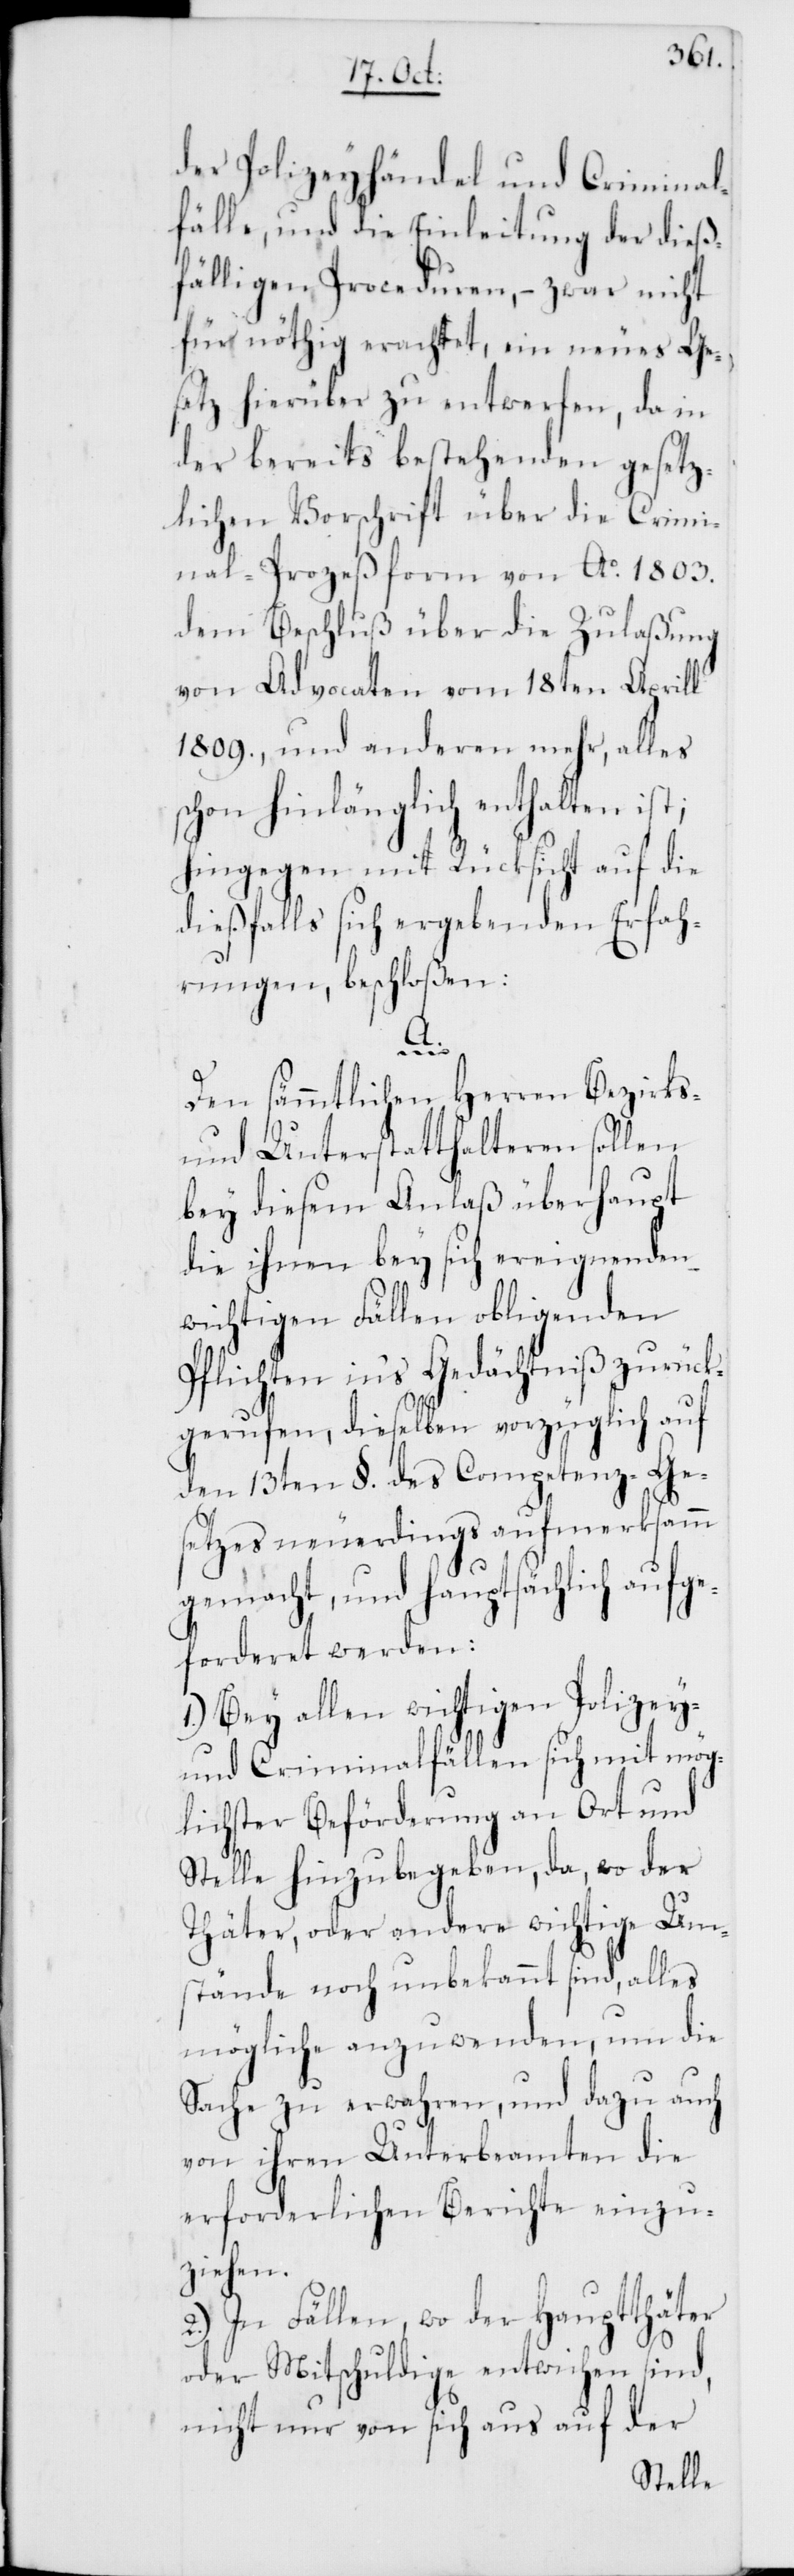
der Polizeyhändel und Criminal¬
fälle, und die Einleitung der dieß¬
fälligen Proceduren, – zwar nicht
für nöthig erachtet, ein neues Ge¬
setz hierüber zu entwerfen, da in
der bereits bestehenden gesetz¬
lichen Vorschrift über die Crimi¬
nal-Prozeßform von Ao 1803.
dem Beschluß über die Zulaßung
von Advocaten vom 18ten Aprill
1809., und anderen mehr, alles
schon hinlänglich enthalten ist;
hingegen mit Rücksicht auf die
dießfalls sich ergebenden Erfah¬
rungen, beschloßen:
A.
Den sämmtlichen Herren Bezirks-
und Unterstatthalteren sollen
bey diesem Anlaß überhaupt
die ihnen bey sich ereignenden
wichtigen Fällen obligenden
Pflichten in’s Gedächtniß zurück¬
gerufen, dieselben vorzüglich auf
den 13ten §. des Competenz-Ge¬
setzes neuerdings aufmerksamm
gemacht, und hauptsächlich aufge¬
forderet werden:
1.) Bey allen wichtigen Polizey-
und Criminalfällen sich mit mög¬
lichster Beförderung an Ort und
Stelle hinzubegeben, da, wo der
Thäter oder andere wichtige Um¬
stände noch unbekannt sind, alles
mögliche anzuwenden, um die
Sache zu erwahren, und dazu auch
von ihren Unterbeamten die
erforderlichen Berichte einzu¬
ziehen.
2.) In Fällen, wo der Hauptthäter
oder Mitschuldige entwichen sind,
nicht nur von sich aus auf der